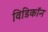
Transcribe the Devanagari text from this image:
विडिकॉन